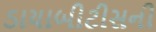
ડાયાબીટીસની